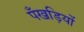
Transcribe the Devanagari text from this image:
पँखड़ियों